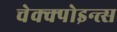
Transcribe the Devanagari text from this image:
चेक्क्पोइन्त्स